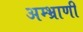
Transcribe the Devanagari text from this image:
अम्भ्राणी